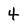
Character: 4